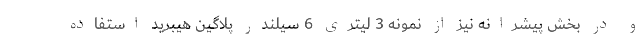
و در بخش پیشرانه نیز از نمونه 3 لیتری 6 سیلندر پلاگین هیبرید استفاده